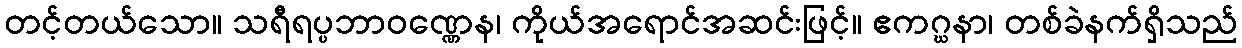
တင့်တယ်သော။ သရီရပ္ပဘာဝဏ္ဏေန၊ ကိုယ်အရောင်အဆင်းဖြင့်။ ဧကဂ္ဃနာ၊ တစ်ခဲနက်ရှိသည်